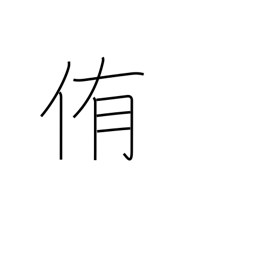
Meaning: urge to eat